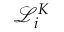
\mathcal { L } _ { i } ^ { K }